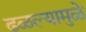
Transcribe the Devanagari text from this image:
ढळल्यामुळे